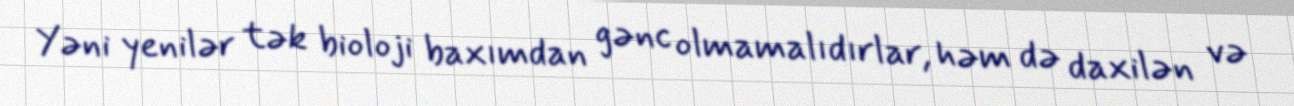
Yəni yenilər tək bioloji baxımdan gənc olmamalıdırlar, həm də daxilən və